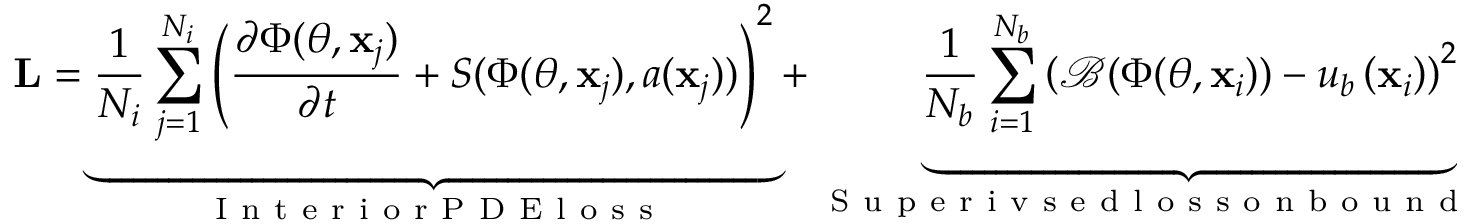
\mathbf { L } = \underbrace { \frac { 1 } { N _ { i } } \sum _ { j = 1 } ^ { N _ { i } } \left( \frac { \partial \Phi ( \theta , \mathbf { x } _ { j } ) } { \partial t } + S ( \Phi ( \theta , \mathbf { x } _ { j } ) , a ( \mathbf { x } _ { j } ) ) \right) ^ { 2 } } _ { \mathrm { ~ I ~ n ~ t ~ e ~ r ~ i ~ o ~ r ~ P ~ D ~ E ~ l ~ o ~ s ~ s ~ } } + \underbrace { \frac { 1 } { N _ { b } } \sum _ { i = 1 } ^ { N _ { b } } \left( \mathcal { B } ( \Phi ( \theta , \mathbf { x } _ { i } ) ) - u _ { b } \left( \mathbf { x } _ { i } \right) \right) ^ { 2 } } _ { \mathrm { ~ S ~ u ~ p ~ e ~ r ~ i ~ v ~ s ~ e ~ d ~ l ~ o ~ s ~ s ~ o ~ n ~ b ~ o ~ u ~ n ~ d ~ a ~ r ~ y ~ } } ,